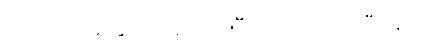
ဝက်ပေါင်ခြောက်အလိပ်၊ပြီးတော့ ကော်ဖီနော်။